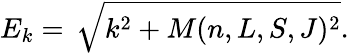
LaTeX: E_{k}=\, \sqrt{k^{2}+M(n,L,S,J)^{2}}.